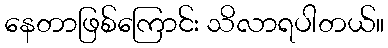
နေတာဖြစ်ကြောင်း သိလာရပါတယ်။